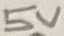
Text: 5V